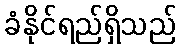
ခံနိုင်ရည်ရှိသည်